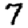
Digit: 7